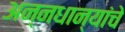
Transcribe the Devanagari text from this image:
अन्नधान्यांचे